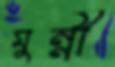
মুন্নী